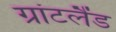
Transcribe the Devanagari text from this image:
ग्रांटलैंड